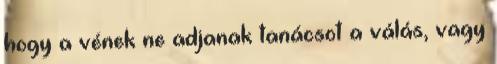
hogy a vének ne adjanak tanácsot a válás, vagy